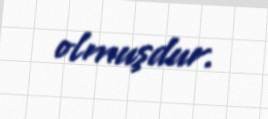
olmuşdur.